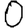
Digit: 0